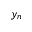
y _ { n }